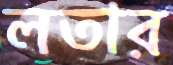
লতার